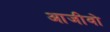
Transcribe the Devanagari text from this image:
आजीवो